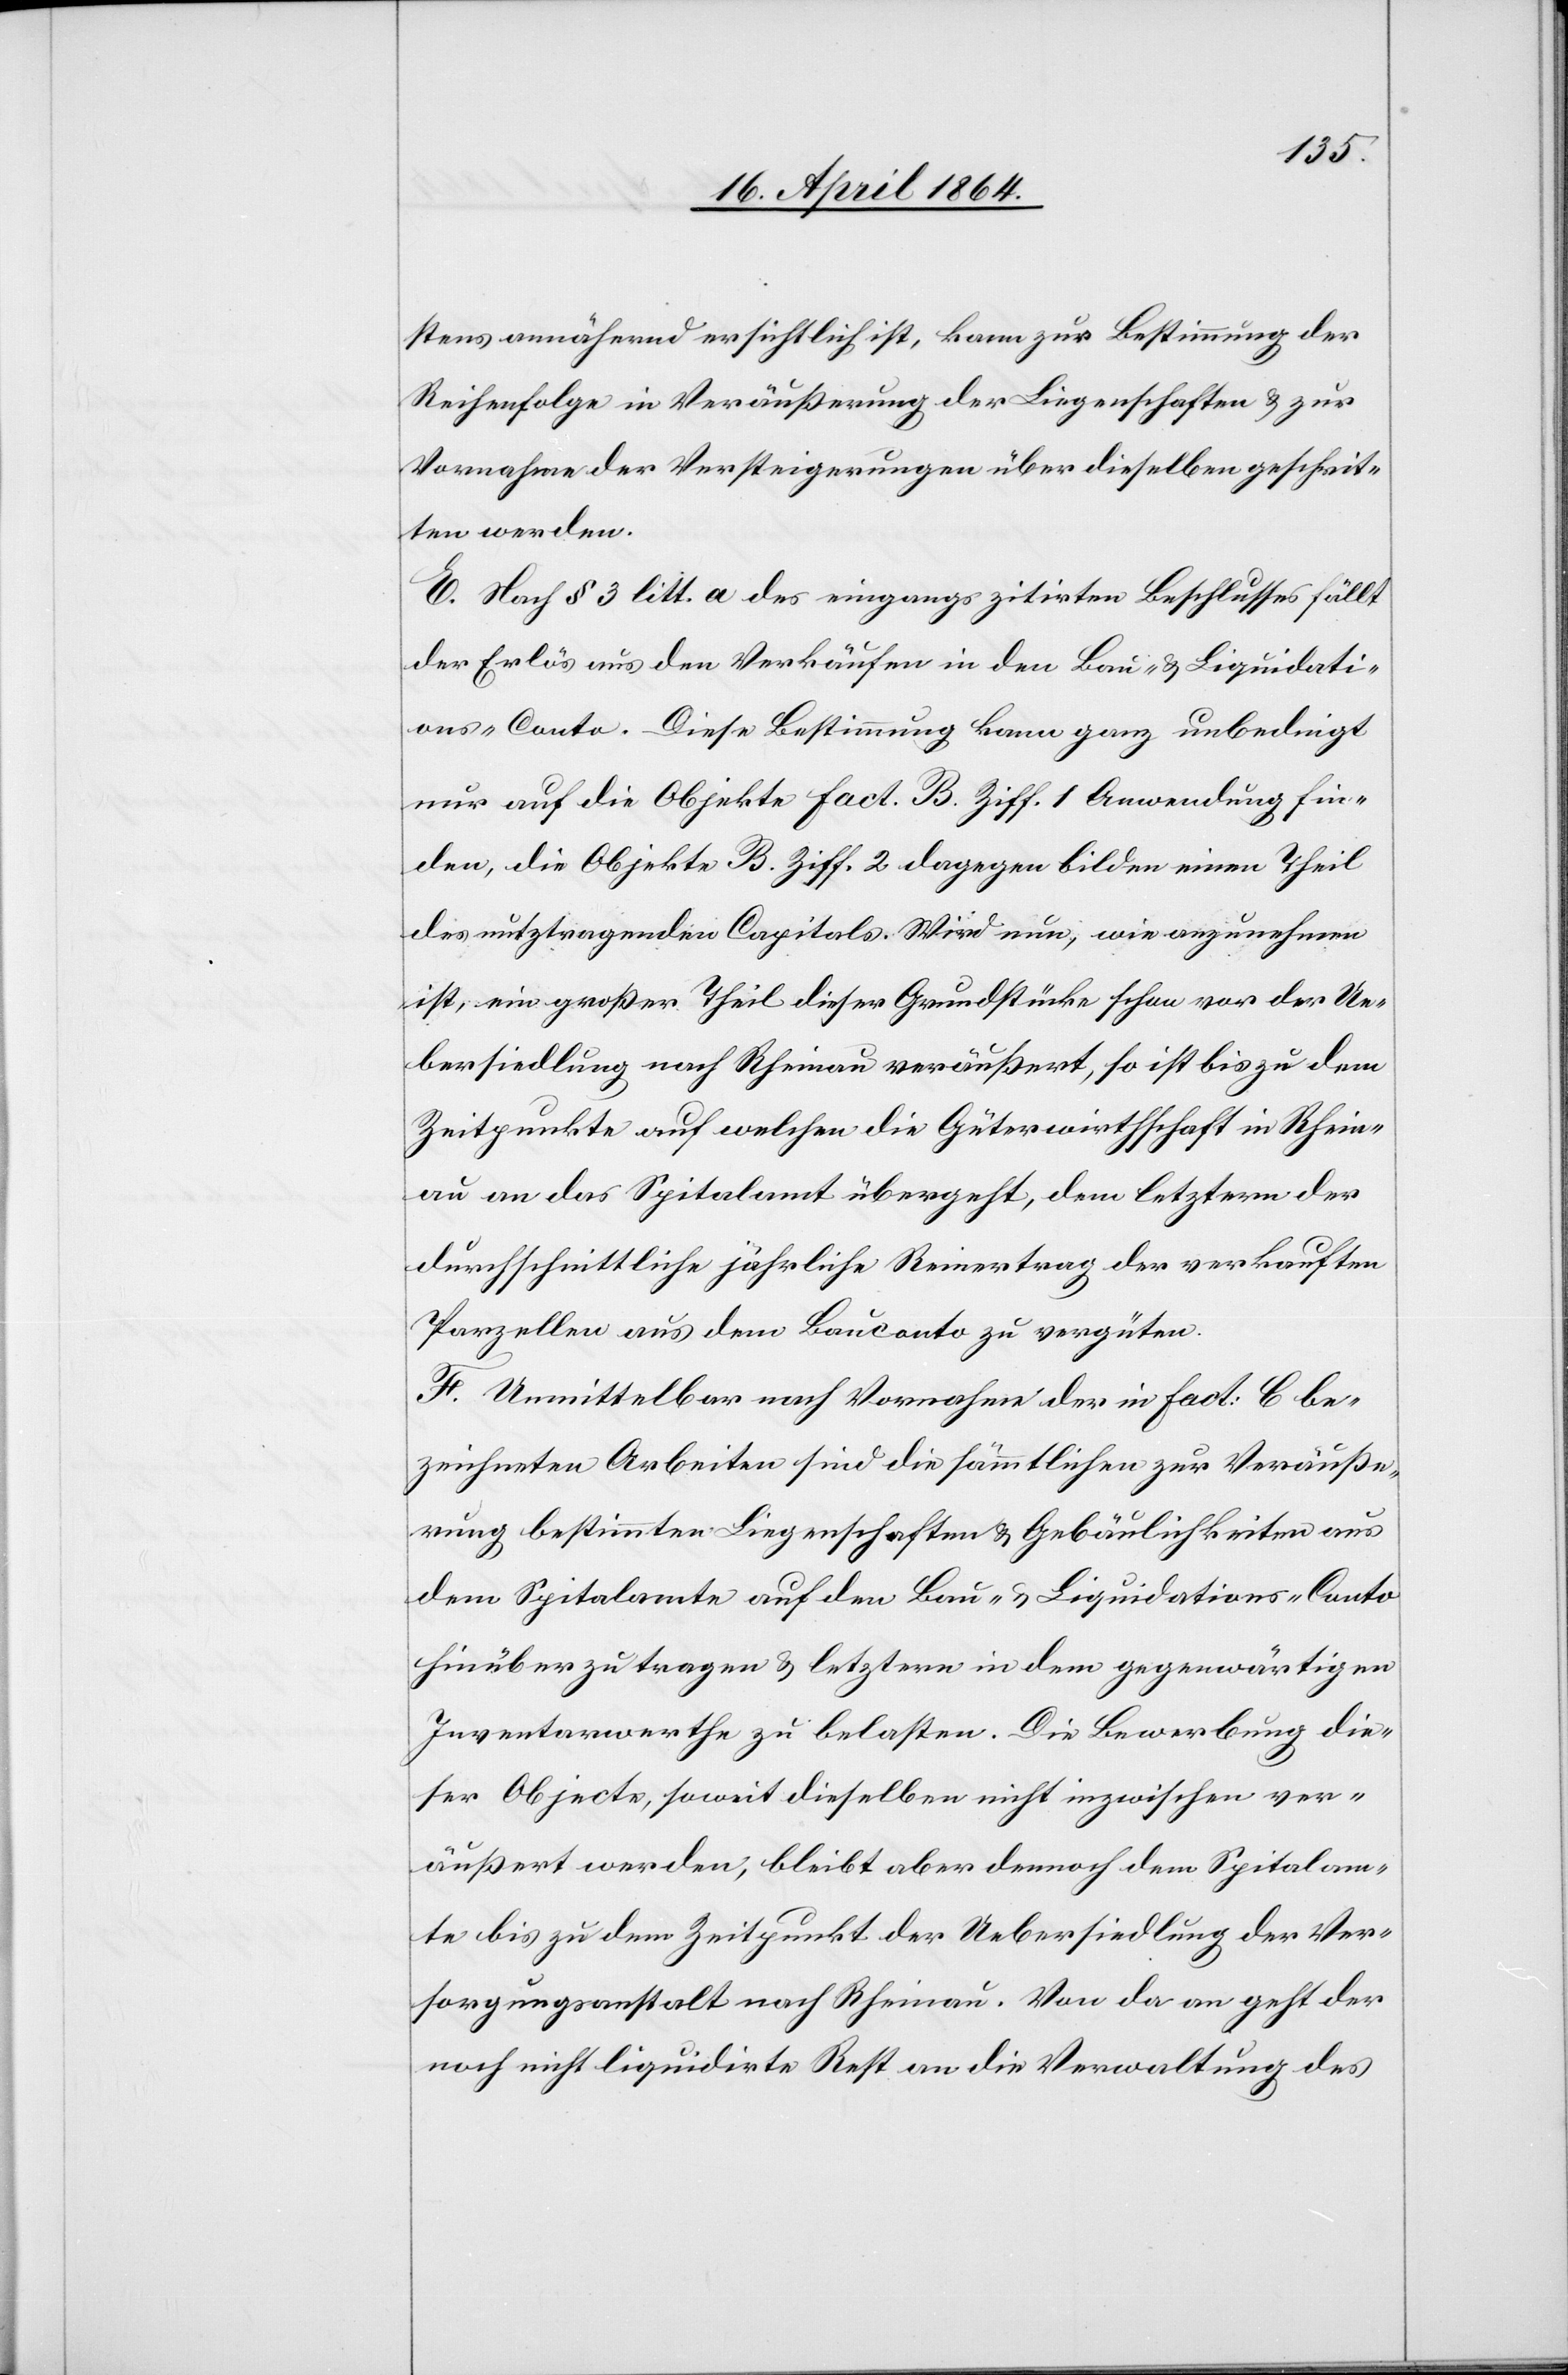
stens annähernd ersichtlich ist, kann zur Bestimmung der
Reihenfolge in Veräußerung der Liegenschaften u. zur
Vornahme der Versteigerungen über dieselben geschrit¬
ten werden.
E. Nach § 3 litt. a des eingangs zitirten Beschlusses fällt
der Erlös aus den Verkäufen in den Bau- u. Liquidati¬
ons-Conto. Diese Bestimmung kann ganz unbedingt
nur auf die Objekte Fact. B. Ziff. 1 Anwendung fin¬
den, die Objekte B. Ziff. 2 dagegen bilden einen Theil
des nutztragenden Capitals. Wird nun, wie anzunehmen
ist, ein großer Theil dieser Grundstücke schon vor der Ue¬
bersiedlung nach Rheinau veräußert, so ist bis zu dem
Zeitpunkte auf welchen die Güterwirthschaft in Rhein¬
au an das Spitalamt übergeht, dem letztern der
durchschnittliche jährliche Reinertrag der verkauften
Parzellen aus dem Bauconto zu vergüten.
F. Unmittelbar nach Vornahme der in Fact: C be¬
zeichneten Arbeiten sind die sämmtlichen zur Veräuße¬
rung bestimmten Liegenschaften u. Gebäulichkeiten aus
dem Spitalamte auf den Bau- u. Liquidations-Conto
hinüberzutragen u. letztern in dem gegenwärtigen
Inventarwerthe zu belasten. Die Bewerbung die¬
ser Objecte, soweit dieselben nicht inzwischen ver¬
äußert werden, bleibt aber dennoch dem Spitalam¬
te bis zu dem Zeitpunkt der Uebersiedlung der Ver¬
sorgungsanstalt nach Rheinau. Von da an geht der
noch nicht liquidirte Rest an die Verwaltung des